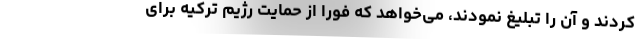
کردند و آن را تبلیغ نمودند، می‌خواهد که فورا از حمایت رژیم ترکیه برای